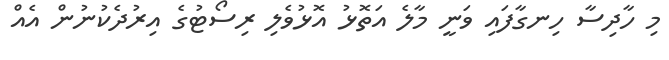
މި ހާދިސާ ހިނގާފައި ވަނީ މާލެ އަތޮޅު އޮޅުވެލި ރިސޯޓުގެ އިރުދެކުނުން އެއް